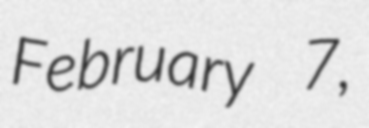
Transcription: February 7,